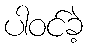
ပါဝင်ခဲ့